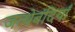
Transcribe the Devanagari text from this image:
जत्थेबंदियाँ